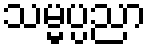
သမ္မပ္ပညာ